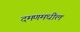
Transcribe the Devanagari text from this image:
दमणमधील